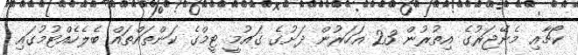
ކޯޗާއި މެނޭޖަރުގެ އިތުރުން 23 އަހަރުން ދަށުގެ ގައުމީ ޓީމްގެ ކަންތައްތައް ބެލެހެއްޓުމުގައި